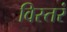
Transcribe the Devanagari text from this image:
विस्तरं